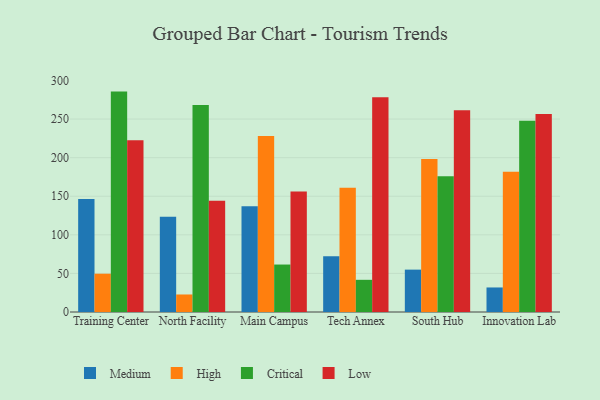
{"axis": {"x": "Campus", "y": "Temperature (°C)"}, "legend": ["Critical", "High", "Low", "Medium"], "data": [{"x": "Training Center", "y": 146.3, "type": "Medium"}, {"x": "Training Center", "y": 49.6, "type": "High"}, {"x": "Training Center", "y": 285.6, "type": "Critical"}, {"x": "Training Center", "y": 222.6, "type": "Low"}, {"x": "North Facility", "y": 123.4, "type": "Medium"}, {"x": "North Facility", "y": 22.7, "type": "High"}, {"x": "North Facility", "y": 268.1, "type": "Critical"}, {"x": "North Facility", "y": 144.0, "type": "Low"}, {"x": "Main Campus", "y": 137.1, "type": "Medium"}, {"x": "Main Campus", "y": 228.1, "type": "High"}, {"x": "Main Campus", "y": 61.5, "type": "Critical"}, {"x": "Main Campus", "y": 156.2, "type": "Low"}, {"x": "Tech Annex", "y": 72.4, "type": "Medium"}, {"x": "Tech Annex", "y": 161.0, "type": "High"}, {"x": "Tech Annex", "y": 41.7, "type": "Critical"}, {"x": "Tech Annex", "y": 278.2, "type": "Low"}, {"x": "South Hub", "y": 54.9, "type": "Medium"}, {"x": "South Hub", "y": 198.1, "type": "High"}, {"x": "South Hub", "y": 175.8, "type": "Critical"}, {"x": "South Hub", "y": 261.3, "type": "Low"}, {"x": "Innovation Lab", "y": 31.8, "type": "Medium"}, {"x": "Innovation Lab", "y": 181.8, "type": "High"}, {"x": "Innovation Lab", "y": 247.7, "type": "Critical"}, {"x": "Innovation Lab", "y": 256.5, "type": "Low"}]}